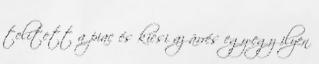
telített a piac és kicsi az árrés egy-egy ilyen